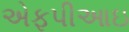
એફપીઆઇ